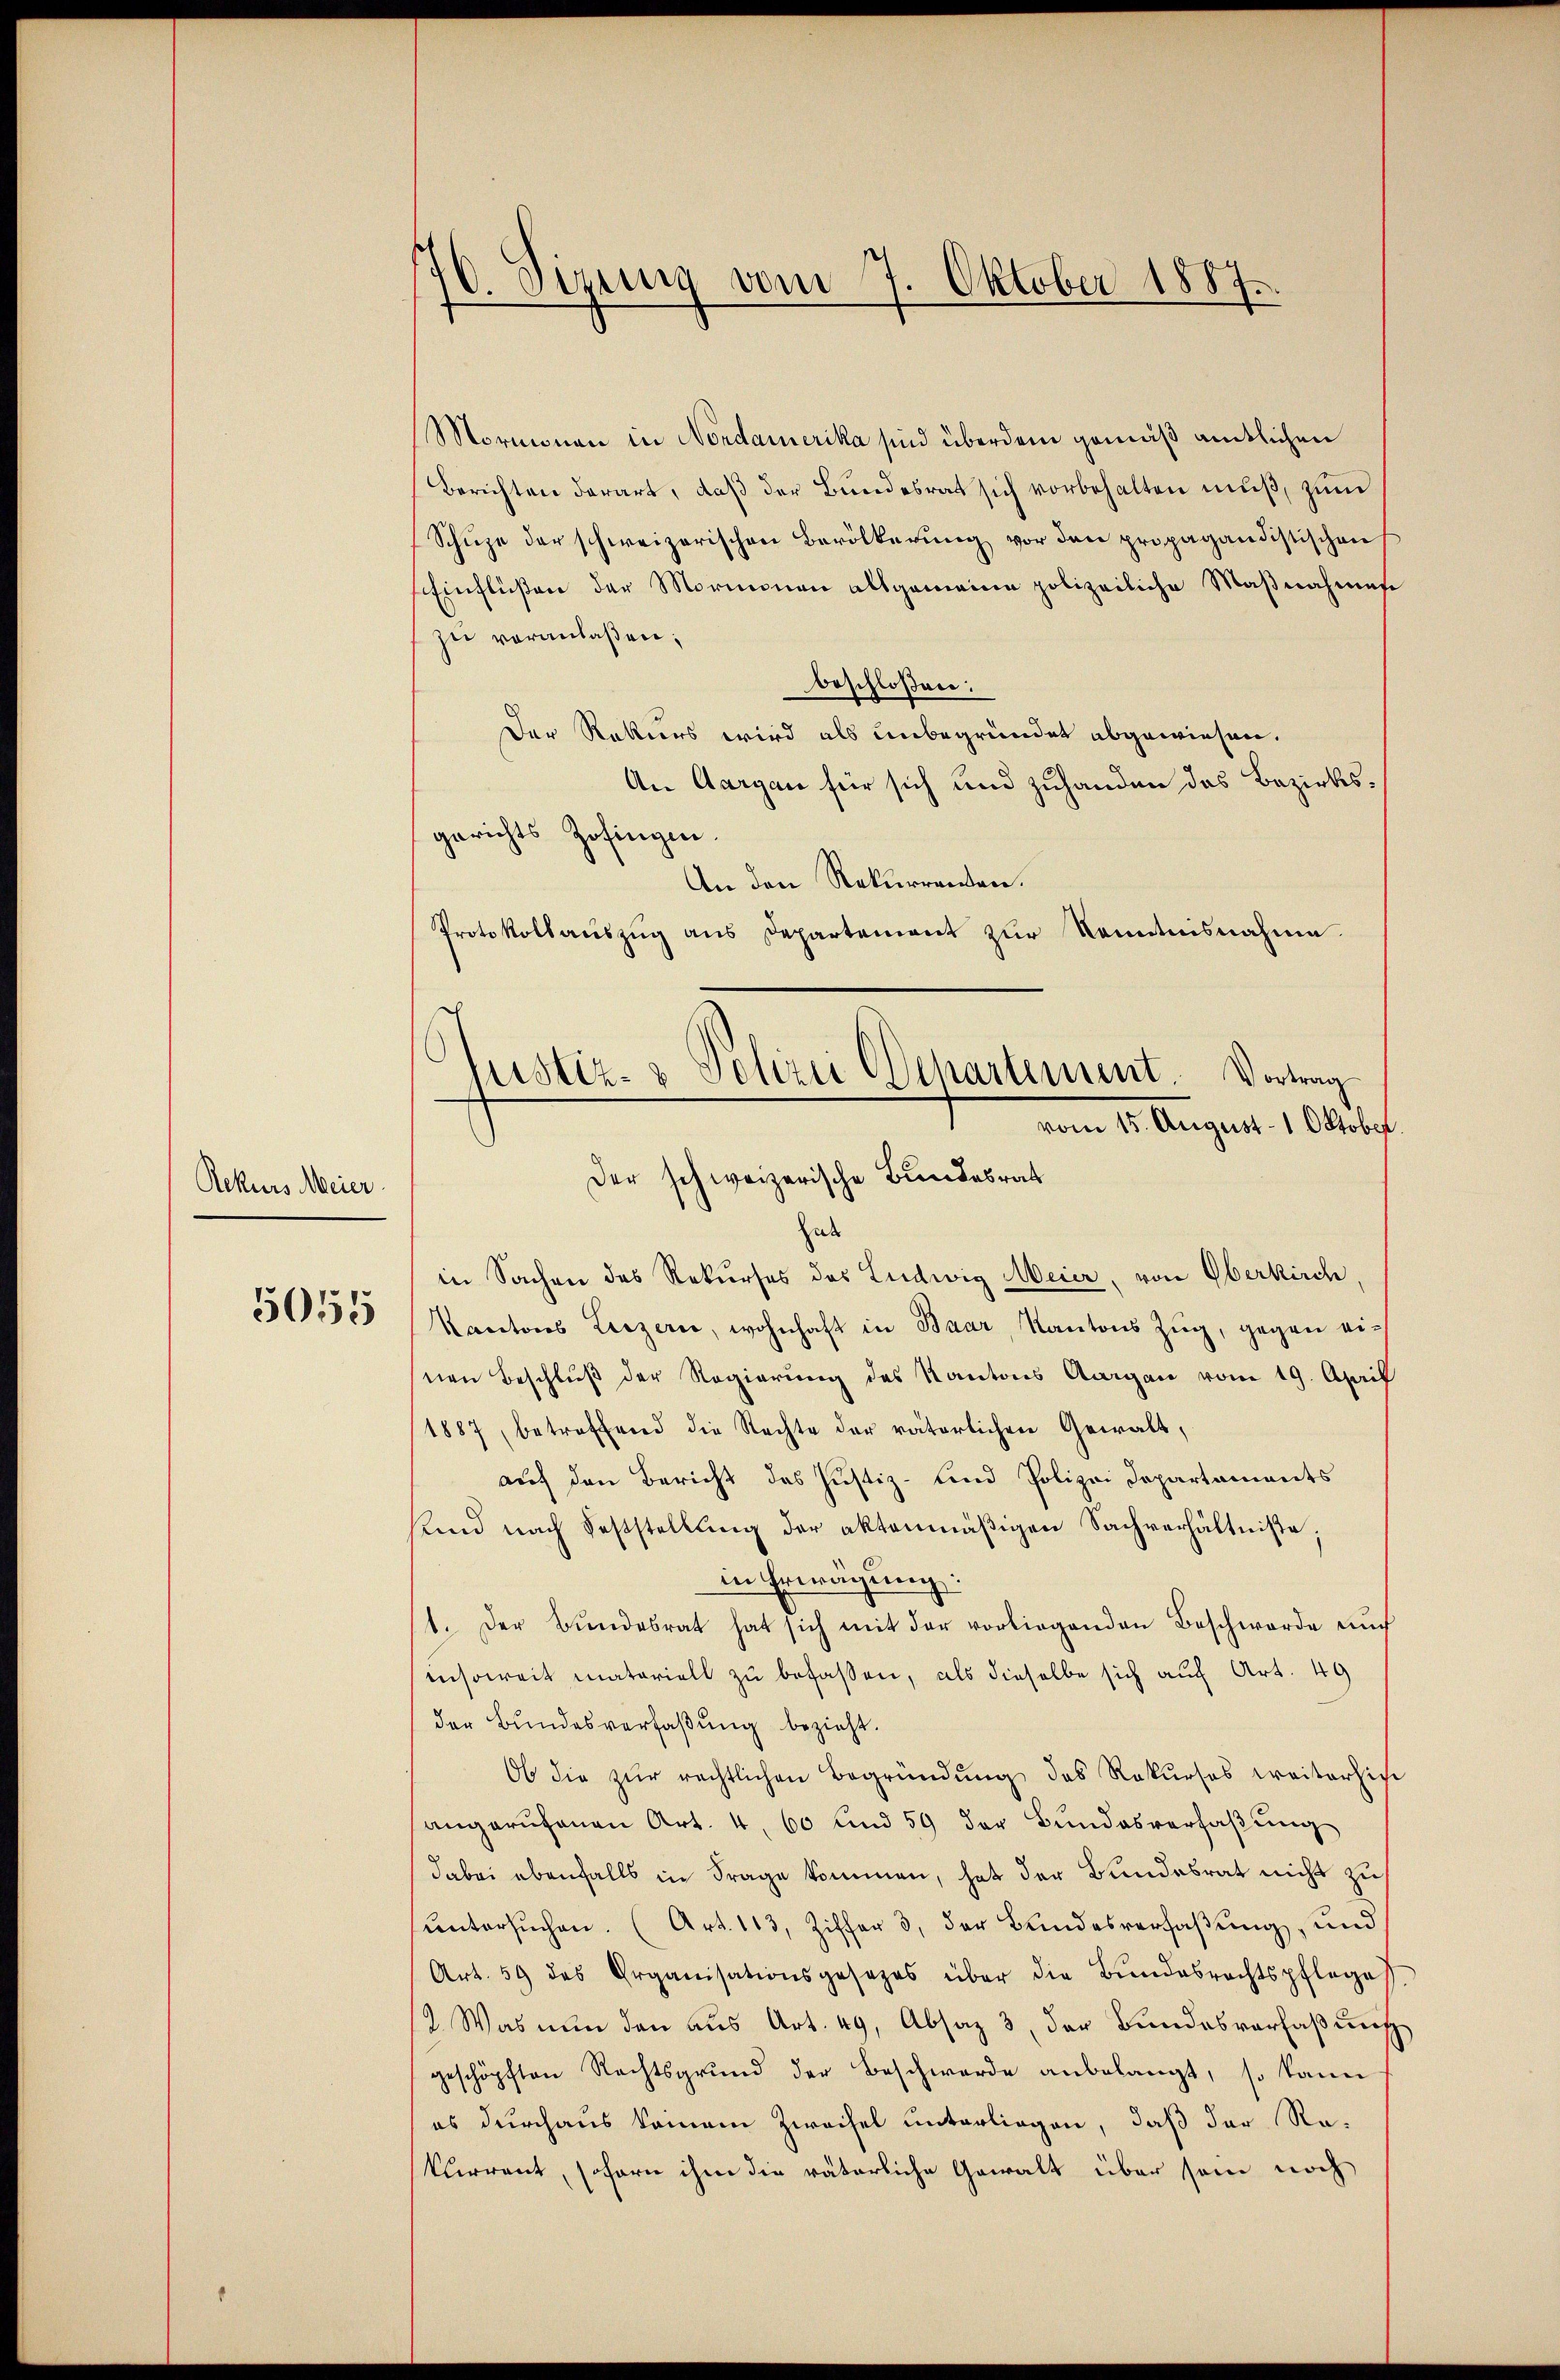
Rekurs Meier.

5055

70. Sizung vom 7. Oktober 1887.

Mormonau in Nordamerika sind überdem gemäß amtlichen
Berichten derart, daß der Bundesrat sich vorbehalten muß, zum
Schüze der schweizerischen Bevölkerŭng vor den propagandistischen
Einflüßen der Mormonen allgemeine polizeiliche Maßnahmese
zu veranlaßen;
beschloßen:
Der Rekurs wird als unbegründet abgewiesen.
An Aargau für sich und zuhanden das Bezirksgerichts Zofingen.
An den Rekurrenten.
Protokollauszug aus Departement zur Kenntnisnahme.
Hab
in Sachen des Rekurses des Ludwig Meier, von Oberkirch,
Kantons Luzern, wohnhaft in Baar, Kantons Zŭg, gegen ei-
nen Beschluß der Regierung des Kantons Aargau vom 19. April
1887, betreffend die Rechte der väterlichen Gewalt,
auf den Bericht des Justiz- und Polizei Departaments
sund nach Feststellung der aktenmäßigen Sachverhältnisse;
in Erwägung:
1. Der Bŭndesrat hat sich mit der vorliegenden Beschwerde aŭc
insoweit materiell zu befassen, als dieselbe sich auf Art. 49
der Bundesverfaßung bezieht.
Ob die zur rechtlichen Begründung des Rekurses weiterhie
angerufenen Art. 4, 60 und 59 der Bundesverfaßung
dabei ebenfalls in Frage kommen, hat der Bundesrat nicht zu
ŭntersŭchen. (Art. 113, Ziffer 3. der Bundesversaβŭng, und
Art. 59 des Organisationsgesezes über die Bŭndesrechtspfleges
2. Was nun den aus Art. 49, Absaz 3, der Bundesverfaßung
geschöpften Rechtsgrund der Beschwerde anbelangt, so kann
es durchaus keinem Zweifel unterliegen, daß der Re-
kurrent, sofern ihm die väterliche Gewalt über sein noch

lustiz- & Polizei Departement. Vortrag
vom 15. August 1 Oktober
Der schweizerische Bundesrat